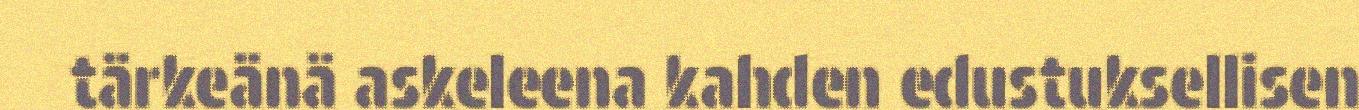
tärkeänä askeleena kahden edustuksellisen